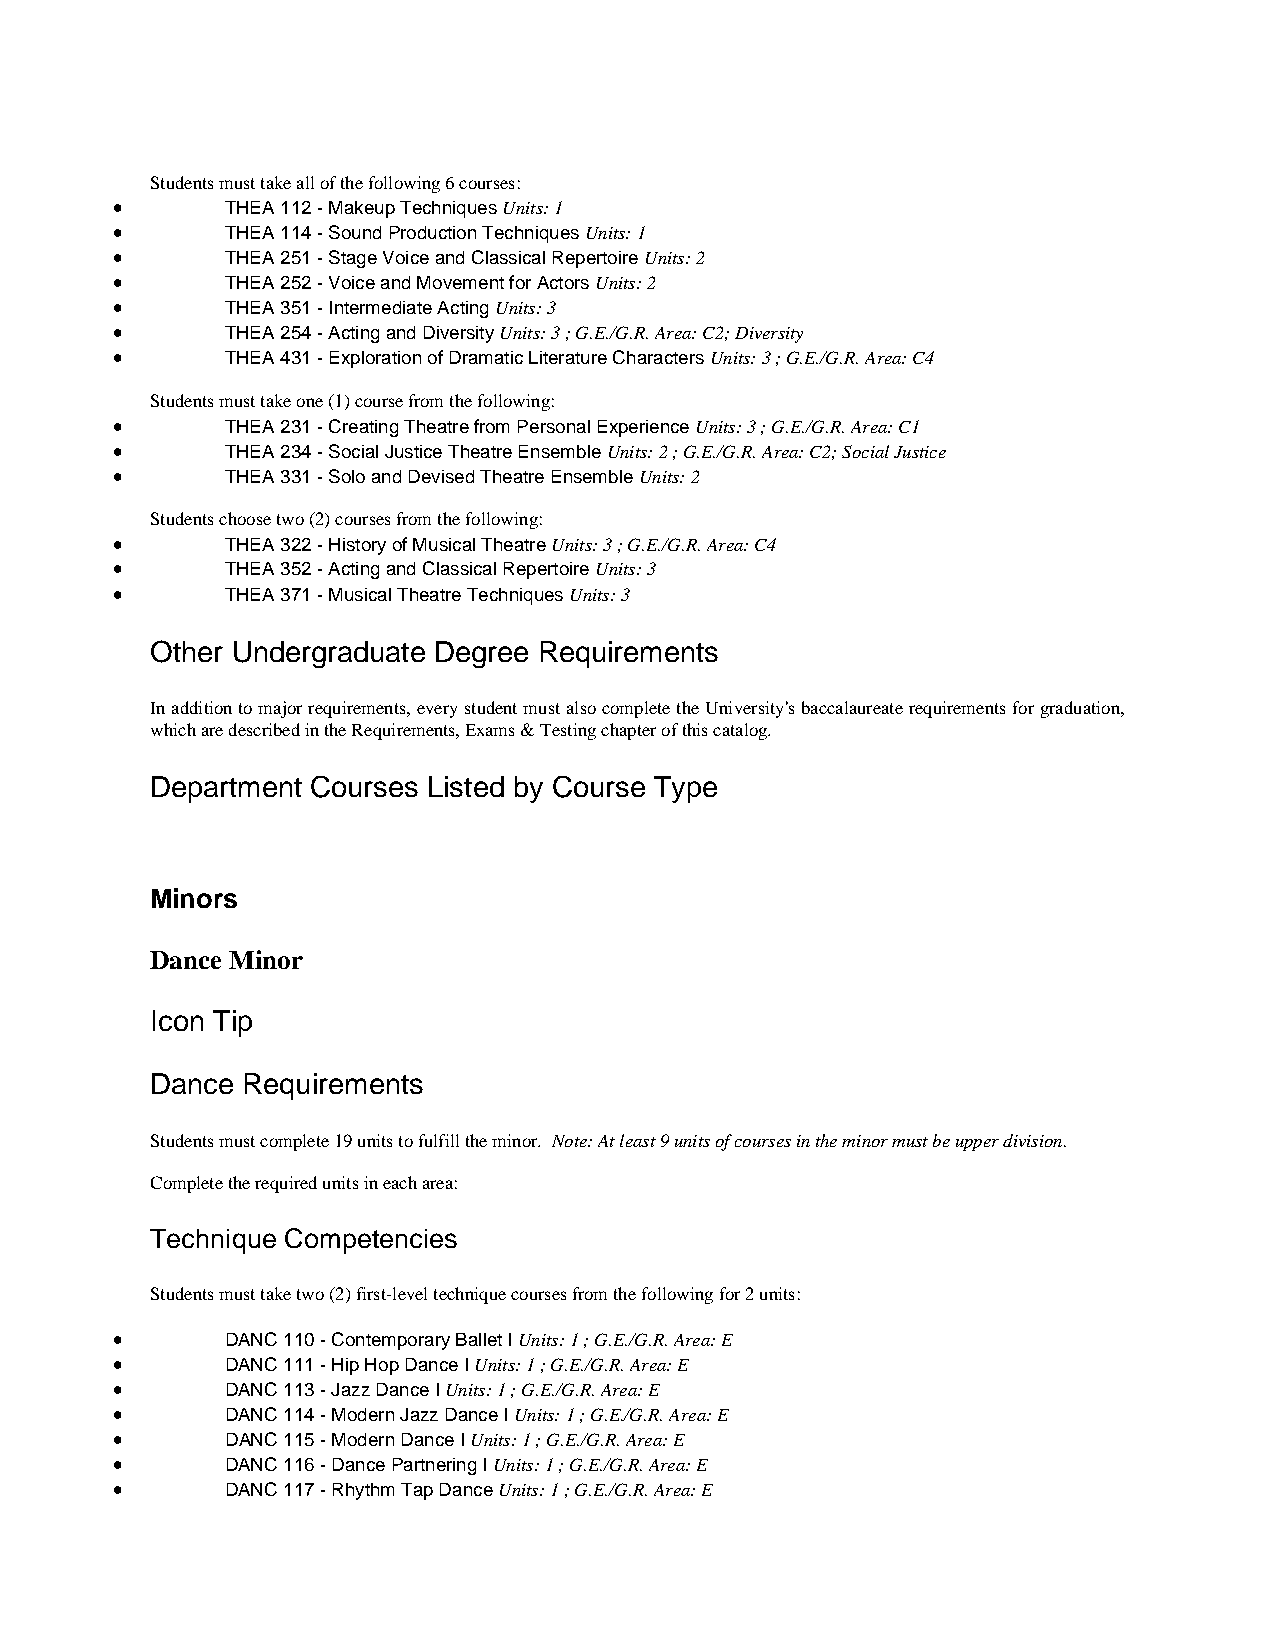
Students must take all of the following 6 courses:
 •       THEA 112 - Makeup Techniques Units: 1
 •       THEA 114 - Sound Production Techniques Units: 1
 •       THEA 251 - Stage Voice and Classical Repertoire Units: 2
 •       THEA 252 - Voice and Movement for Actors Units: 2
 •       THEA 351 - Intermediate Acting Units: 3
 •       THEA 254 - Acting and Diversity Units: 3 ; G.E./G.R. Area: C2; Diversity
 •       THEA 431 - Exploration of Dramatic Literature Characters Units: 3 ; G.E./G.R. Area: C4
 Students must take one (1) course from the following:
 •       THEA 231 - Creating Theatre from Personal Experience Units: 3 ; G.E./G.R. Area: C1
 •       THEA 234 - Social Justice Theatre Ensemble Units: 2 ; G.E./G.R. Area: C2; Social Justice
 •       THEA 331 - Solo and Devised Theatre Ensemble Units: 2
 Students choose two (2) courses from the following:
 •       THEA 322 - History of Musical Theatre Units: 3 ; G.E./G.R. Area: C4
 •       THEA 352 - Acting and Classical Repertoire Units: 3
 •       THEA 371 - Musical Theatre Techniques Units: 3
 Other Undergraduate Degree Requirements
 In addition to major requirements, every student must also complete the University's baccalaureate requirements for graduation,
 which are described in the Requirements, Exams & Testing chapter of this catalog.
 Department Courses Listed by Course Type
 Minors
 Dance Minor
 Icon Tip
 Dance Requirements
 Students must complete 19 units to fulfill the minor. Note: At least 9 units of courses in the minor must be upper division.
 Complete the required units in each area:
 Technique Competencies
 Students must take two (2) first-level technique courses from the following for 2 units:
 •       DANC 110 - Contemporary Ballet I Units: 1 ; G.E./G.R. Area: E
 •       DANC 111 - Hip Hop Dance I Units: 1 ; G.E./G.R. Area: E
 •       DANC 113 - Jazz Dance I Units: 1 ; G.E./G.R. Area: E
 •       DANC 114 - Modern Jazz Dance I Units: 1 ; G.E./G.R. Area: E
 •       DANC 115 - Modern Dance I Units: 1 ; G.E./G.R. Area: E
 •       DANC 116 - Dance Partnering I Units: 1 ; G.E./G.R. Area: E
 •       DANC 117 - Rhythm Tap Dance Units: 1 ; G.E./G.R. Area: E